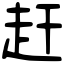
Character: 赶